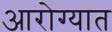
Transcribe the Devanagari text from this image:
आरोग्यात